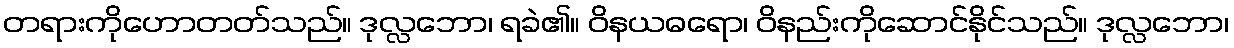
တရားကိုဟောတတ်သည်။ ဒုလ္လဘော၊ ရခဲ၏။ ဝိနယဓရော၊ ဝိနည်းကိုဆောင်နိုင်သည်။ ဒုလ္လဘော၊